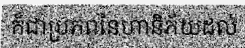
ក៏ជាប្រភពនៃហានិភ័យដល់